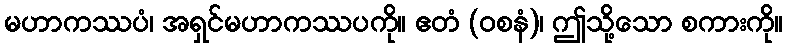
မဟာကဿပံ၊ အရှင်မဟာကဿပကို။ ဧတံ (ဝစနံ)၊ ဤသို့သော စကားကို။